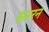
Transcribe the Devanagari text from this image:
सउरन